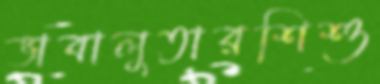
ভাবালুতারশিশু